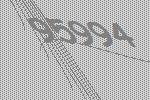
95994